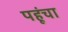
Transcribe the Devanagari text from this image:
पहूंचा